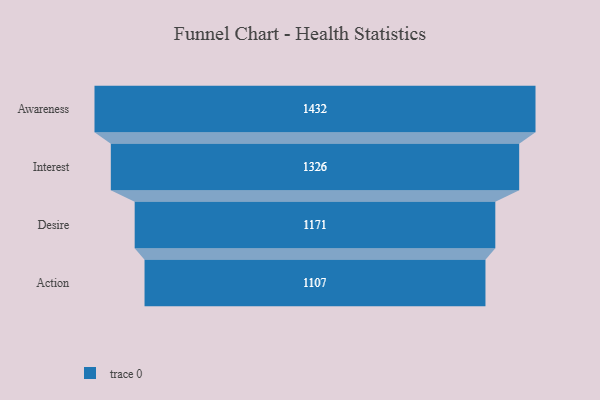
{"axis": {"x": "Stage", "y": "Value"}, "legend": [""], "data": [{"x": "Awareness", "y": 1432.0, "type": ""}, {"x": "Interest", "y": 1326.0, "type": ""}, {"x": "Desire", "y": 1171.0, "type": ""}, {"x": "Action", "y": 1107.0, "type": ""}]}